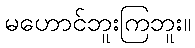
မဟောင်ဘူးကြဘူး။